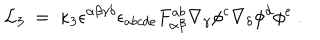
{ \cal L } _ { 3 } ~ = ~ \kappa _ { 3 } \epsilon ^ { \alpha \beta \gamma \delta } \epsilon _ { a b c d e } F _ { \alpha \beta } ^ { a b } \nabla _ { \gamma } \phi ^ { c } \nabla _ { \delta } \phi ^ { d } \phi ^ { e } ~ .